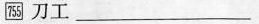
755刀工___